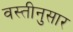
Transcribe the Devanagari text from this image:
वस्तीनुसार